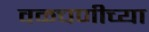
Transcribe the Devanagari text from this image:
वळचणीच्या